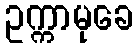
ဥက္ကာမုခေ